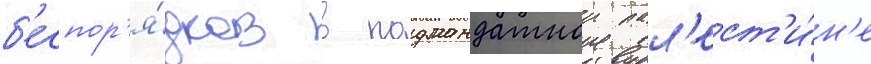
б'еспор'я́дков в подмандатнои пал'ест'и́н'е